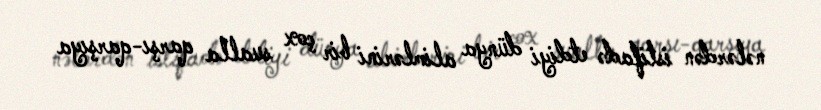
nələrdən istifadə etdiyi dünya alimlərini bir çox sualla qarşı-qarşıya